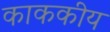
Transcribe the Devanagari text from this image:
काककीय